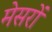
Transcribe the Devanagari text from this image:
मेसरों